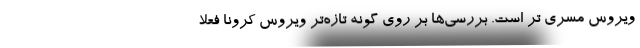
ویروس مسری تر است. بررسی‌ها بر روی گونه تازه‌تر ویروس کرونا فعلاً